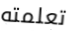
تعلمته